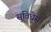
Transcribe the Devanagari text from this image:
सुविधेस